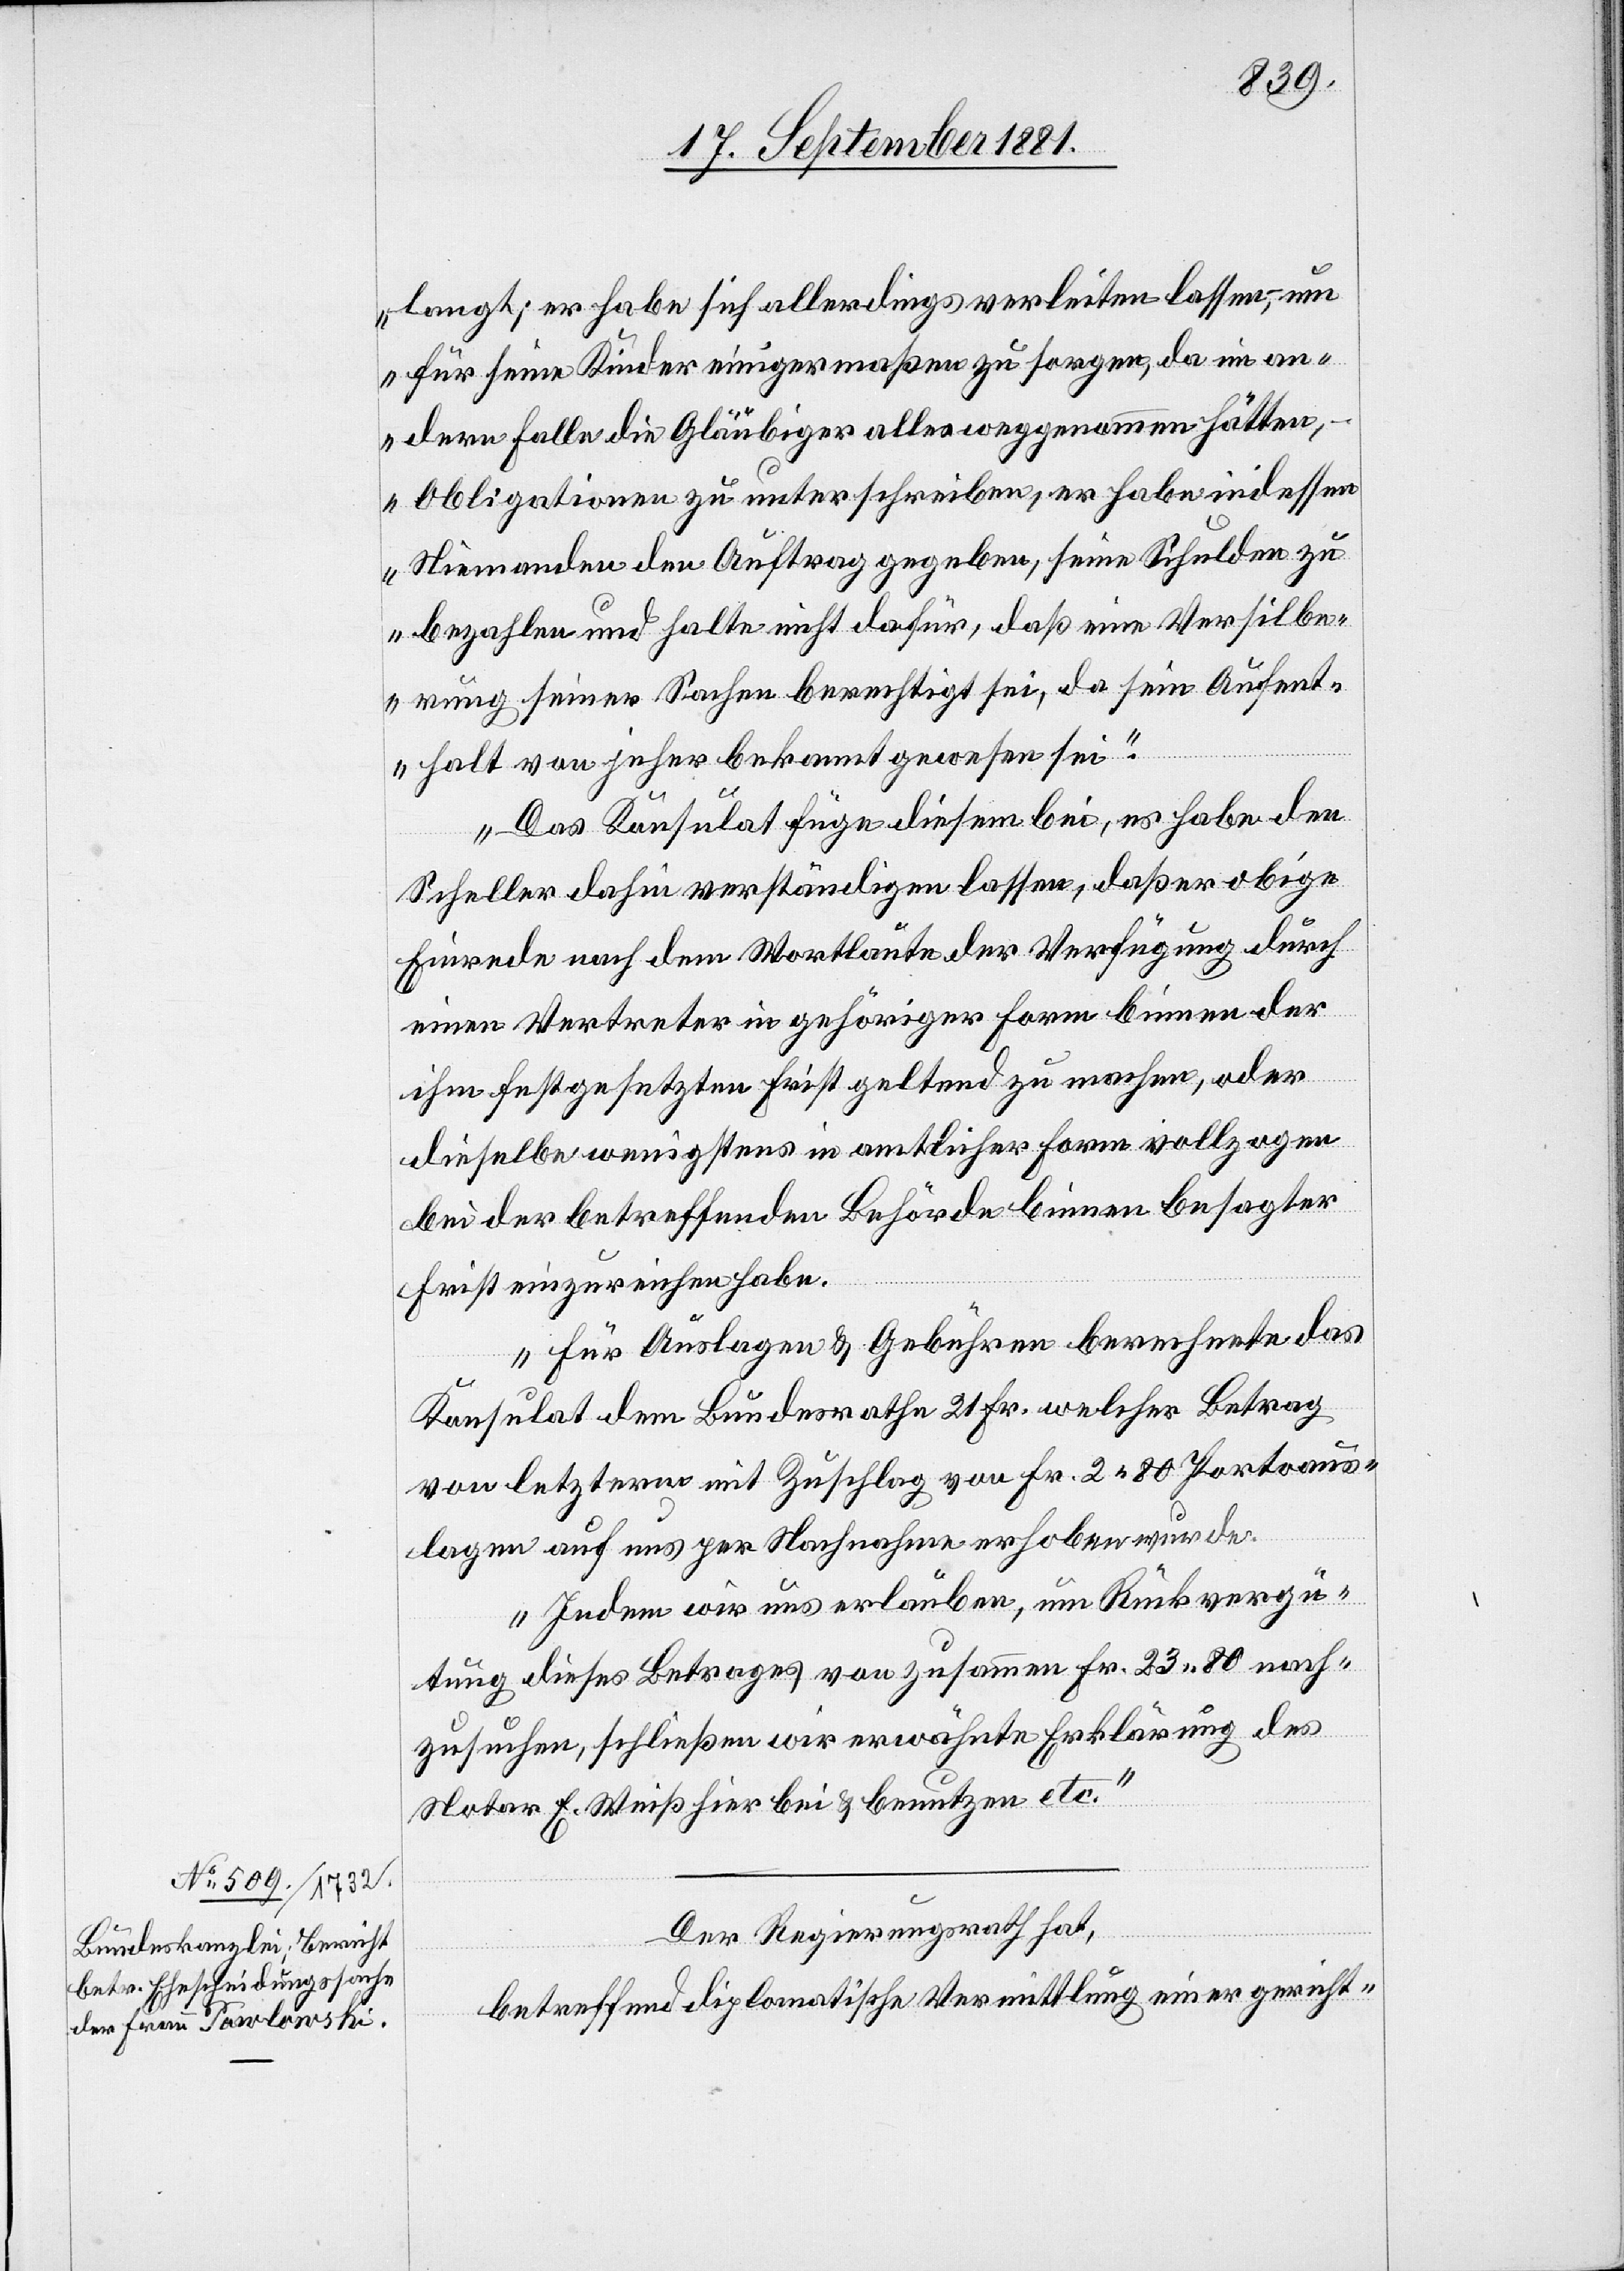
19. September 1881.]
langt; er habe sich allerdings verleiten lassen, um
für seine Kinder einigermaßen zu sorgen, da im an¬
dern Falle die Gläubiger alles weggenommen hätten,
– Obligationen zu unterschreiben, er habe indessen
bezahlen und halte nicht dafür, daß eine Versilbe¬
rung seiner Sachen berechtigt sei, da sein Aufent¬
halt von jeher bekannt gewesen sei.“
Das Konsulat füge diesem bei, es habe den
Scheller dahin verständigen lassen, daß er obige
Einrede nach dem Wortlaute der Verfügung durch
einen Vertreter in gehöriger Form binnen der
ihm festgesetzten Frist geltend zu machen, oder
dieselbe wenigstens in amtlicher Form vollzogen
bei der betreffenden Behörde binnen besagter
Frist einzureichen habe.
Für Auslagen & Gebühren berechnete das
Konsulat dem Bundesrathe 21 Fr. welcher Betrag
von letzterm mit Zuschlag von Fr. 2 80 Portoaus¬
lagen auf uns per Nachnahme erhoben wurde.
Indem wir uns erlauben, um Rückvergü¬
tung dieses Betrages von zusammen Fr. 23 80 nach¬
zusuchen, schließen wir erwähnte Erklärung des
Notar E. Weiß hier bei & benutzen etc.“
Der Regierungsrath hat,
seine
betreffend diplomatische Vermittlung einer gericht-